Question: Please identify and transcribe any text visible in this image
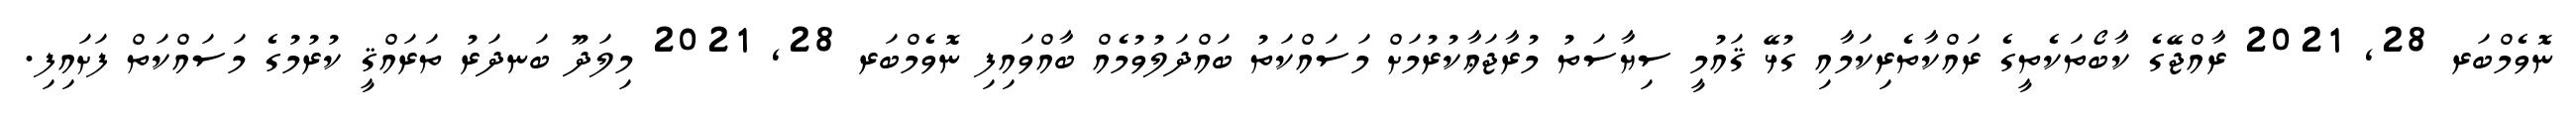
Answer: ނޮވެމްބަރ 28, 2021 ރާއްޖޭގެ ކާބޯތަކެތީގެ ރައްކާތެރިކަމާއި ގުޅޭ ޤައުމީ ސިޔާސަތު މުރާޖަޢާކުރުމަށް މަސައްކަތު ބައްދަލުވުމެއް ބާއްވައިފި ނޮވެމްބަރ 28, 2021 މިލަދޫ ބަނދަރު ތަރައްޤީ ކުރުމުގެ މަސައްކަތް ފަށައިފި.